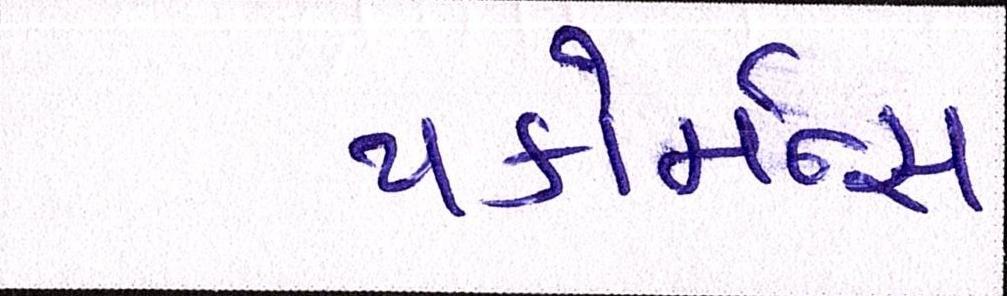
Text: પર્ફોર્મન્સ